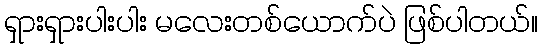
ရှားရှားပါးပါး မလေးတစ်ယောက်ပဲ ဖြစ်ပါတယ်။